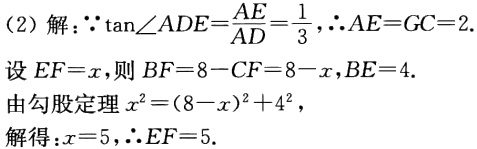
（2）解：\(\because \tan\angle ADE = \frac{AE}{AD}=\frac{1}{3}\)，\(\therefore AE = GC = 2\).

设\(EF = x\)，则\(BF = 8 - CF = 8 - x\)，\(BE = 4\).

由勾股定理\(x^{2}=(8 - x)^{2}+4^{2}\)，

解得：\(x = 5\)，\(\therefore EF = 5\).